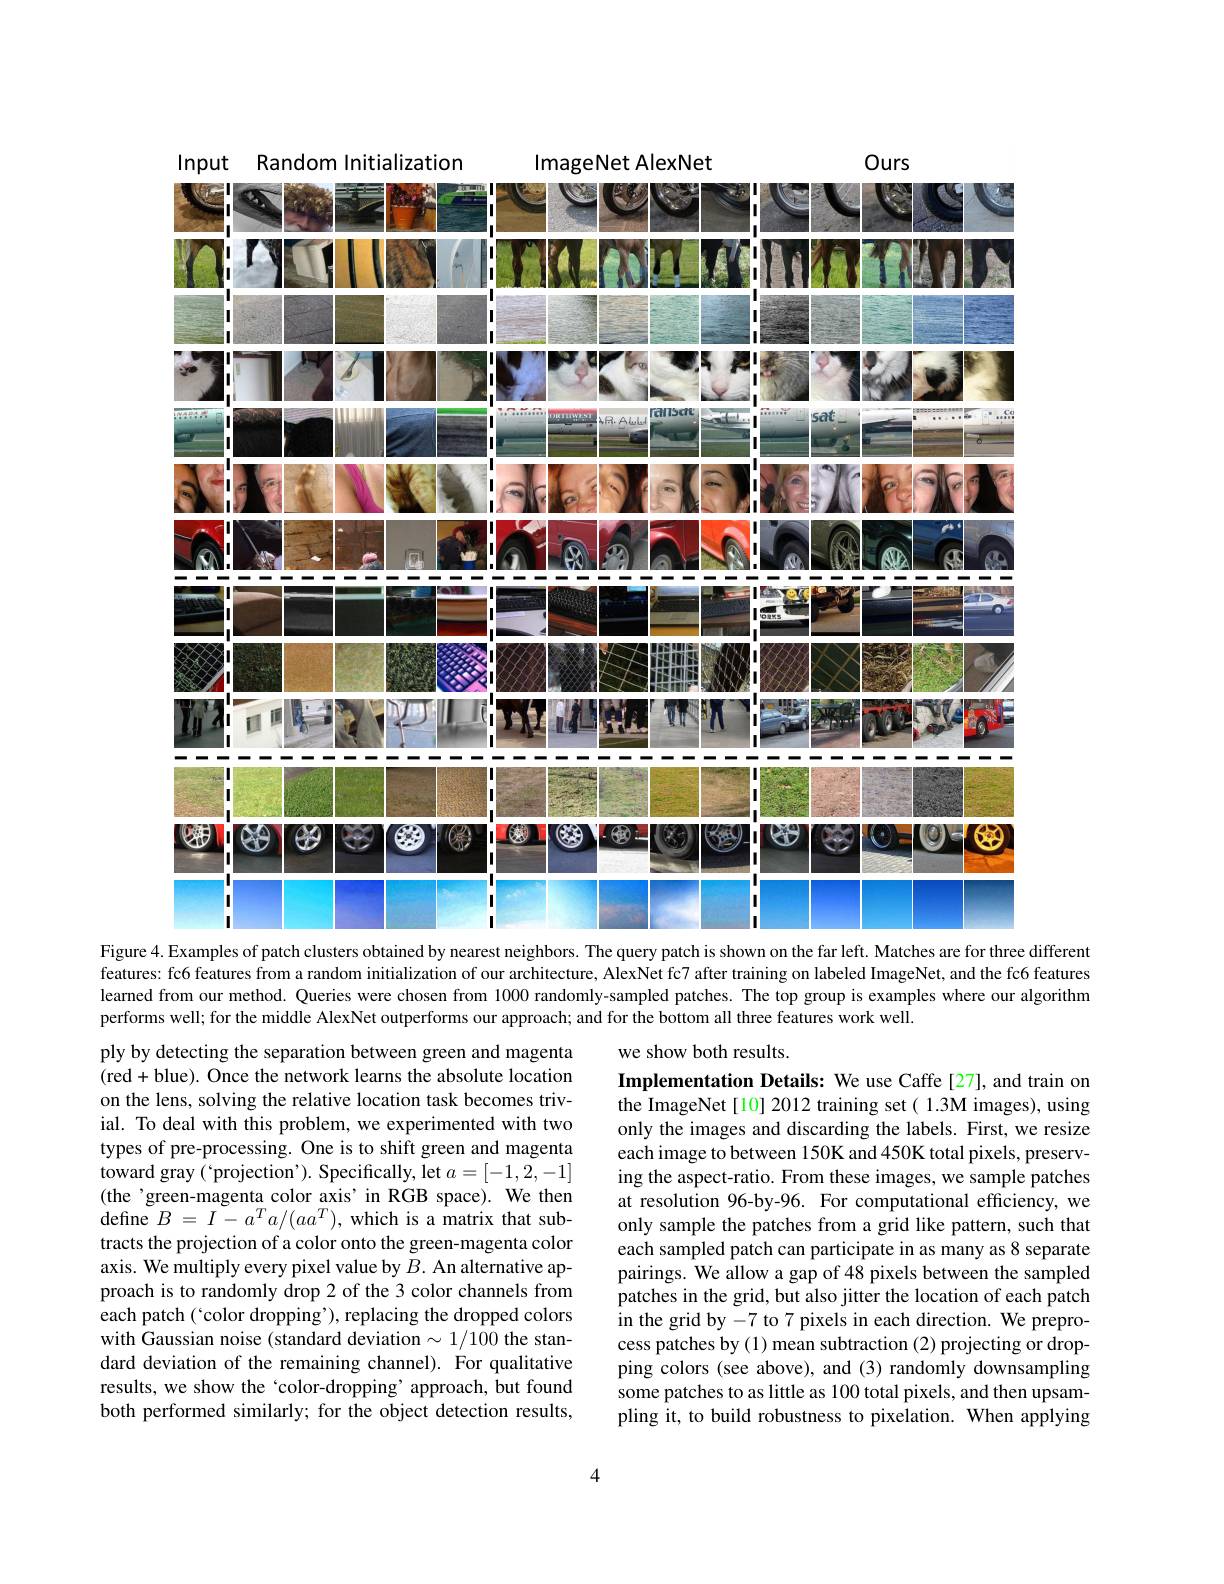
Ours

Input Random Initialization

ImageNet AlexNet
<FigureHere>
different
Figure
nearest
query
features: fc6 features from a random initialization of our architecture, AlexNet fc7 after training on labeled ImageNet, and the fc6 features

learned from our method. Queries were chosen from 1000 randomly-sampled patches. The top group is examples where our algorithm
performs well; for the middle AlexNet outperforms our approach; and for the bottom all three features work well.

ply by detecting the separation between green and magenta (red+blue). Once the network learns the absolute location on the lens, solving the relative location task becomes trivial. To deal with this problem, we experimented with two types of pre-processing. One is to shift green and magenta toward gray( 'projection'). Specifically, let $a=[-1,2,-1]$ (the'green-magenta color axis'in RGB space). We then define $B=\bar{I}-a^{T}a/(aa^{T})$,which is a matrix that subtracts the projection of a color onto the green-magenta color axis. We multiply every pixel value by $\tilde{B}.$ An alternative approach is to randomly drop 2 of the 3 color channels from each patch( 'color dropping'), replacing the dropped colors with Gaussian noise (standard deviation $\sim1/100$ the standard deviation of the remaining channel). For qualitative results, we show the‘color-dropping’approach, but found both performed similarly; for the object detection results,

we show both results.
Implementation Details: We use Caffe [27], and train on the ImageNet [10] 2012 training set( 1.3M images), using only the images and discarding the labels. First, we resize each image to between 150K and 450K total pixels, preserving the aspect-ratio. From these images, we sample patches at resolution 96-by-96. For computational efficiency, we only sample the patches from a grid like pattern, such that each sampled patch can participate in as many as 8 separate pairings. We allow a gap of 48 pixels between the sampled patches in the grid, but also jitter the location of each patch in the grid by -7 to 7 pixels in each direction. We preprocess patches by (1) mean subtraction (2) projecting or dropping colors (see above), and (3) randomly downsampling some patches to as little as 100 total pixels, and then upsampling it, to build robustness to pixelation. When applying

4